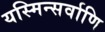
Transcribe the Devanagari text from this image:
यस्मिन्सर्वाणि